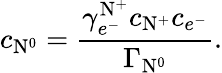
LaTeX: c_{\mathrm{N}^{0}}=\frac{\gamma_{e^{-}}^{\mathrm{N}^{+}}c_{\mathrm{N}^{+}}c_{e^{-}}}{\Gamma_{\mathrm{N}^{0}}}.